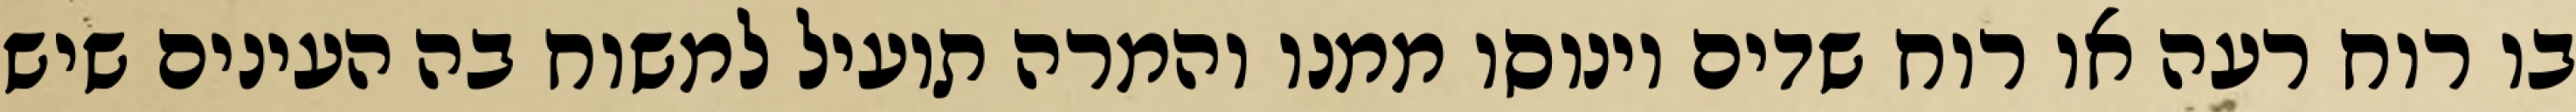
בו רוח רעה או רוח שדים וינוסו ממנו והמרה תועיל למשוח בה העינים שיש